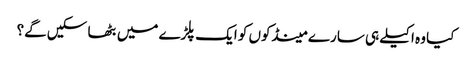
کیا وہ اکیلے ہی سارے مینڈکوں کو ایک پلڑے میں بٹھا سکیں گے؟